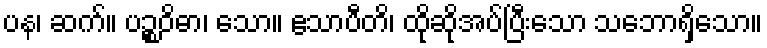
ပန၊ ဆက်။ ပဉ္စဝိဓာ၊ သော။ ဧသာပီတိ၊ ထိုဆိုအပ်ပြီးသော သဘောရှိသော။